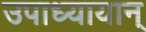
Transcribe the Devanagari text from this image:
उपाध्यायान्‌